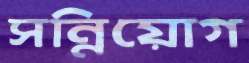
সন্নিয়োগ